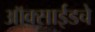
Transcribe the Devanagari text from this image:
ऑक्साईडचे